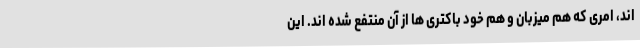
اند، امری که هم میزبان و هم خود باکتری ها از آن منتفع شده اند. این